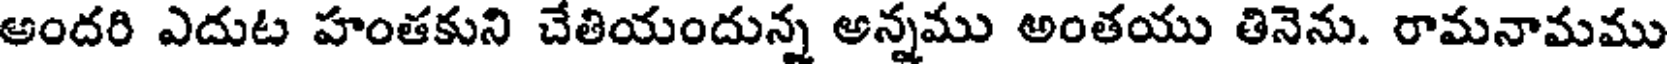
అందరి ఎదుట హంతకుని చేతియందున్న అన్నము అంతయు తినెను. రామనామము